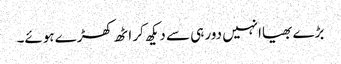
بڑے بھیاانہیں دور ہی سے دیکھ کر اٹھ کھڑے ہوئے۔